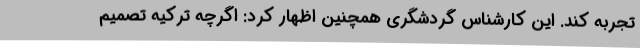
تجربه کند. این کارشناس گردشگری همچنین اظهار کرد: اگرچه ترکیه تصمیم